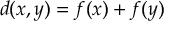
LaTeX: d ( x , y ) = f ( x ) + f ( y )